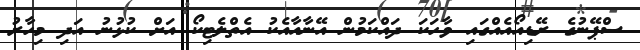
ސްޕޭނުގެ ރޭޑިއޯއެއްގައި ވާހަކަ ދައްކަމުން އޭނާއާއެކު އެތްލެޓިކޯ އަށް ކުޅުނު އަދި މިހާރު